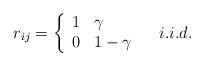
LaTeX: \begin{align*}r_{ij} = \left\{\begin{array}{ll}1 & \gamma \\0 & 1-\gamma\end{array}\right.\ \ \ i.i.d.\end{align*}